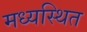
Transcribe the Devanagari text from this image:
मध्यस्थित